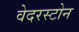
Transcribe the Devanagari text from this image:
वेदरस्‍टोन